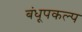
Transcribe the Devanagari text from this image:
बंधूपकल्प